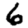
Digit: 6